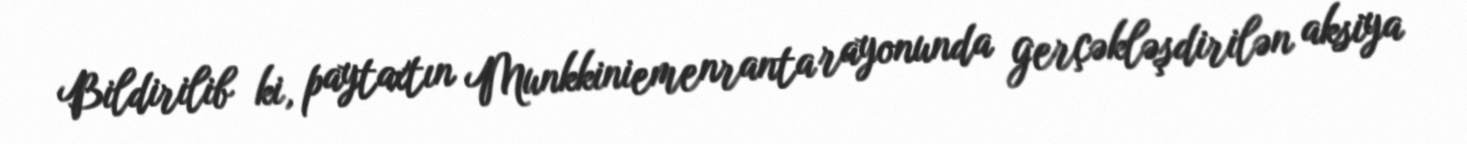
Bildirilib ki, paytaxtın Munkkiniemenranta rayonunda gerçəkləşdirilən aksiya